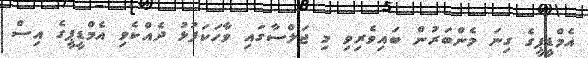
އެމްޑީޕީގެ ގިނަ މެންބަރުން ބައިވެރިވި މި ޖަލްސާގައި ވާހަކަފުޅު ދެއްކެވި އެމްޑީޕީގެ އިސް